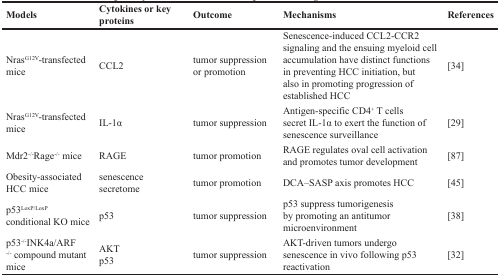
| Models | Cytokines or key proteins | Outcome | Mechanisms | References |
 | --- | --- | --- | --- | --- |
 | NrasG12V-transfected mice | CCL2 | tumor suppression or promotion | Senescence-induced CCL2-CCR2 signaling and the ensuing myeloid cell accumulation have distinct functions in preventing HCC initiation, but also in promoting progression of established HCC | [34] |
 | NrasG12V-transfected mice | IL-1α | tumor suppression | Antigen-specific CD4+ T cells secret IL-1α to exert the function of senescence surveillance | [29] |
 | Mdr2-/-Rage-/-mice | RAGE | tumor promotion | RAGE regulates oval cell activation and promotes tumor development | [87] |
 | Obesity-associated HCC mice | senescence secretome | tumor promotion | DCA–SASP axis promotes HCC | [45] |
 | p53LoxP/LoxP conditional KO mice | p53 | tumor suppression | p53 suppress tumorigenesis by promoting an antitumor microenvironment | [38] |
 | p53-/-INK4a/ARF -/- compound mutant mice | AKTp53 | tumor suppression | AKT-driven tumors undergo senescence in vivo following p53 reactivation | [32] |